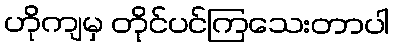
ဟိုကျမှ တိုင်ပင်ကြသေးတာပါ